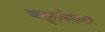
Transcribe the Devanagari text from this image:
अबुलखैरखान